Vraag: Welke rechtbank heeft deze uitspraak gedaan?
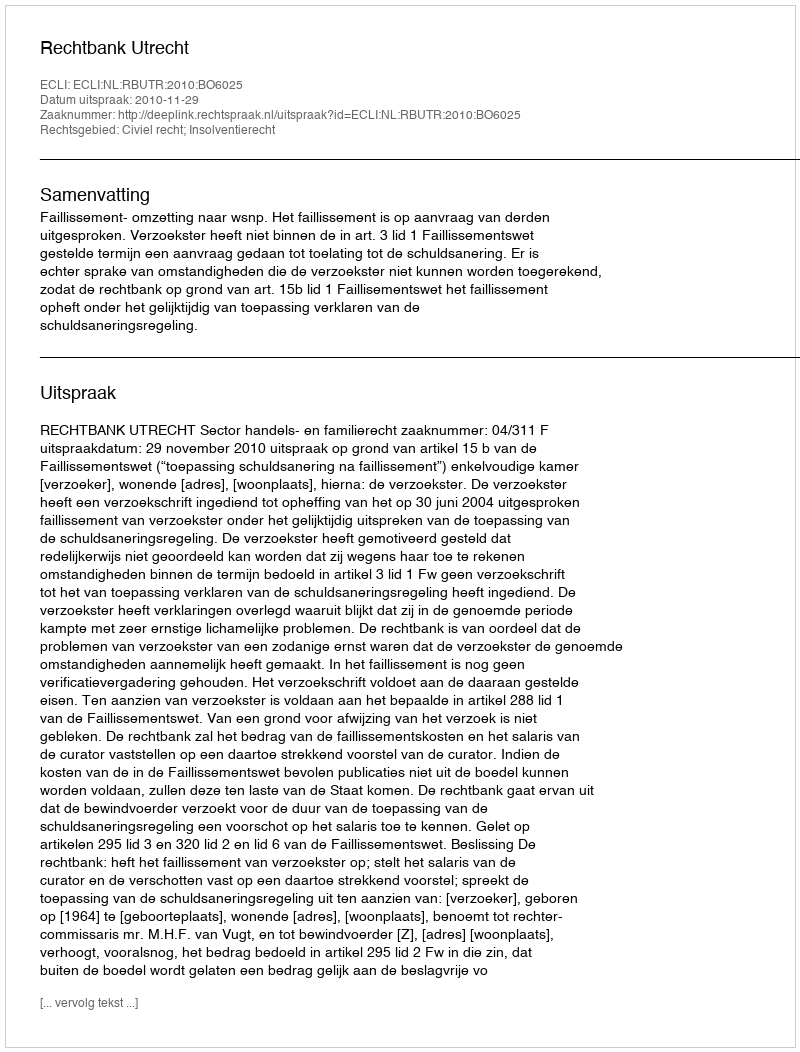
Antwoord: Rechtbank Utrecht